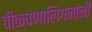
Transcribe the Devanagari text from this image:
वीक्षणालिंगनांनीं